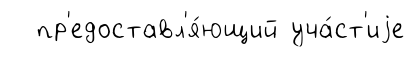
пр'едоставл'я́ющий уча́ст'иjе